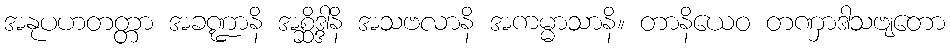
အနုပဟတတ္တာ အခဏ္ဍာနိ အစ္ဆိဒ္ဒါနိ အသဗလာနိ အကမ္မာသာနိ။ တာနိယေဝ တဏှာဒါသဗျတော